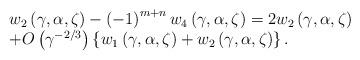
LaTeX: \begin{align*}\begin{array}[c]{l}w_{2}\left( {\gamma,\alpha,\zeta}\right) -\left( {-1}\right) ^{m+n}w_{4}\left( {\gamma,\alpha,\zeta}\right) =2w_{2}\left( {\gamma,\alpha,\zeta}\right) \\+{O}\left( {\gamma^{-2/3}}\right) \left\{ {w_{1}\left({\gamma,\alpha,\zeta}\right) +w_{2}\left( {\gamma,\alpha,\zeta}\right)}\right\} .\end{array}\end{align*}